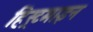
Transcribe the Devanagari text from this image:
हिस्र्टमाइन